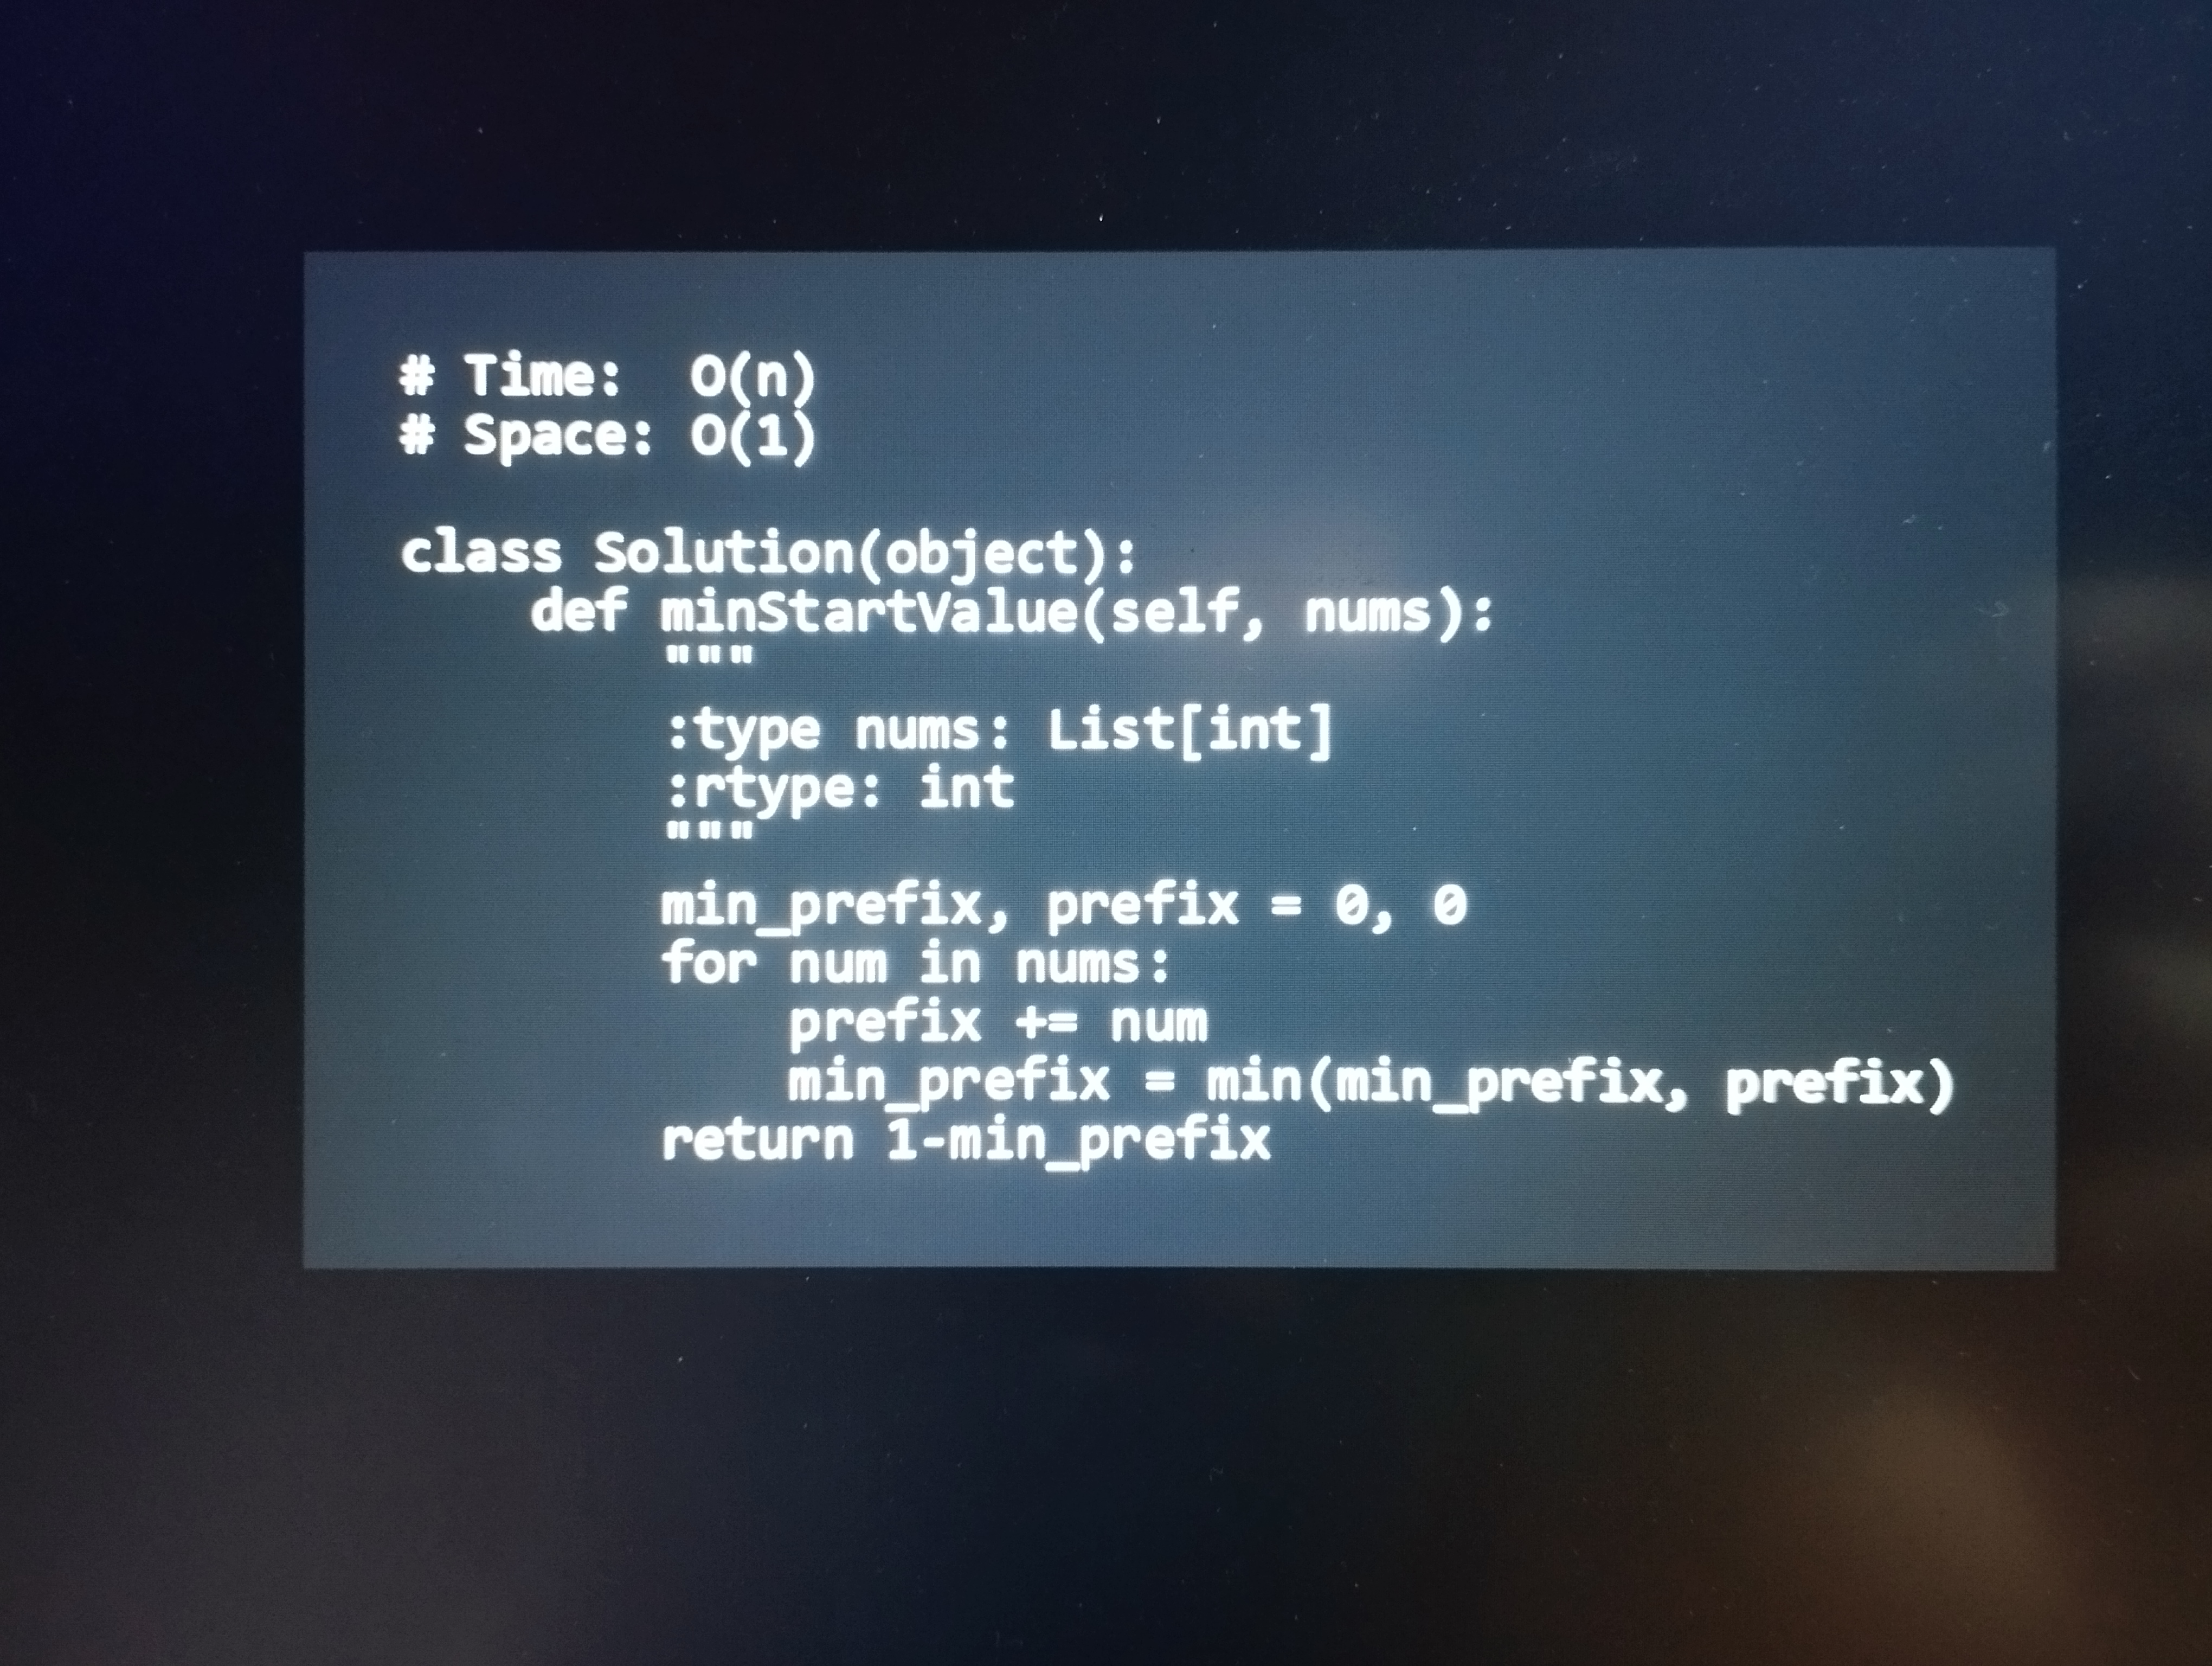
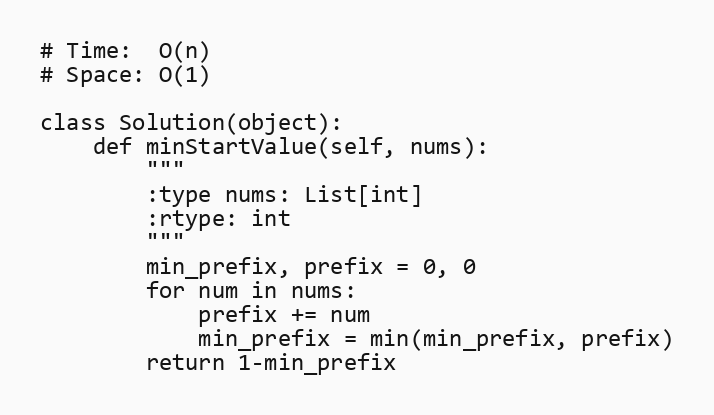
# Time:  O(n)
# Space: O(1)

class Solution(object):
    def minStartValue(self, nums):
        """
        :type nums: List[int]
        :rtype: int
        """
        min_prefix, prefix = 0, 0
        for num in nums:
            prefix += num
            min_prefix = min(min_prefix, prefix)
        return 1-min_prefix